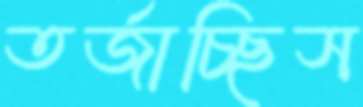
তর্জাচ্ছিস